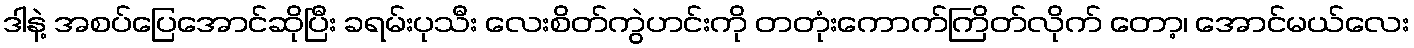
ဒါနဲ့ အစပ်ပြေအောင်ဆိုပြီး ခရမ်းပုသီး လေးစိတ်ကွဲဟင်းကို တတုံးကောက်ကြိတ်လိုက် တော့၊ အောင်မယ်လေး